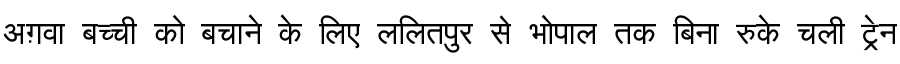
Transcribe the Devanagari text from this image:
अग़वा बच्ची को बचाने के लिए ललितपुर से भोपाल तक बिना रुके चली ट्रेन